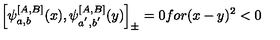
\left[ \psi _ { a , b } ^ { \left[ A , B \right] } ( x ) , \psi _ { a ^ { ^ { \prime } } , b ^ { ^ { \prime } } } ^ { \left[ A , B \right] } ( y ) \right] _ { \pm } = 0 f o r ( x - y ) ^ { 2 } < 0